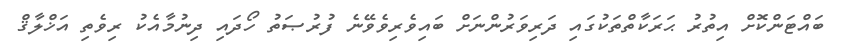
ބައްޓަންކޮށް އިތުރު ޙަރަކާތްތަކުގައި ދަރިވަރުންނަށް ބައިވެރިވެވޭނެ ފުރުޞަތު ހޯދައި ދިނުމާއެކު ރިވެތި އަޚްލާޤް